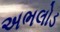
અભલોડ